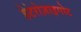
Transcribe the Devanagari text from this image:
हेटेरोज़ाइगोट